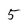
Character: 5